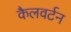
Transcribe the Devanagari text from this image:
कैलवर्टन